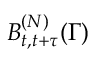
B _ { t , t + \tau } ^ { ( N ) } ( \Gamma )